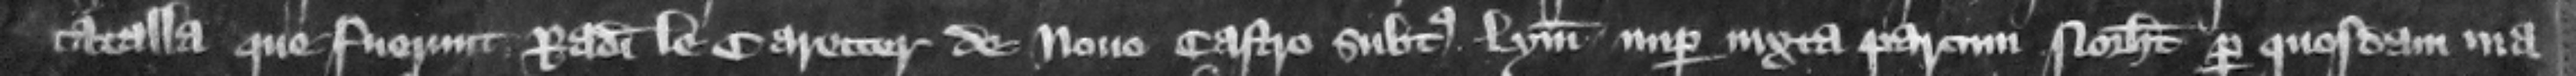
catalla que fuerunt Radulphi le Caretter de Nouo Castra subtus Lym nuper iuxta parcum Northamton per quosdam male